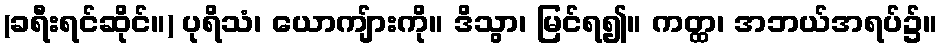
(ခရီးရင်ဆိုင်။) ပုရိသံ၊ ယောကျ်ားကို။ ဒိသွာ၊ မြင်ရ၍။ ကတ္ထ၊ အဘယ်အရပ်၌။